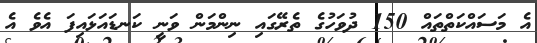
އެ މަސައްކަތްތައް 150 ދުވަހުގެ ތެރޭގައި ނިންމަން ވަނީ ކަނޑައަޅައިފަ އެވެ އެ